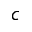
c